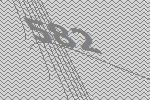
582